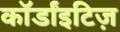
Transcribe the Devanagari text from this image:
कॉर्डांइटिज़